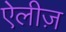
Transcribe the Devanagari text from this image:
ऐलीज़